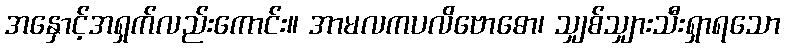
အနှောင့်အရှက်လည်းကောင်း။ အာမလကပလိဗောဓော၊ သျှစ်သျှားသီးရှာရသော